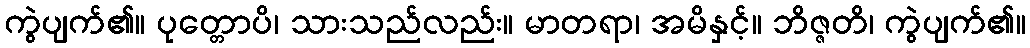
ကွဲပျက်၏။ ပုတ္တောပိ၊ သားသည်လည်း။ မာတရာ၊ အမိနှင့်။ ဘိဇ္ဇတိ၊ ကွဲပျက်၏။